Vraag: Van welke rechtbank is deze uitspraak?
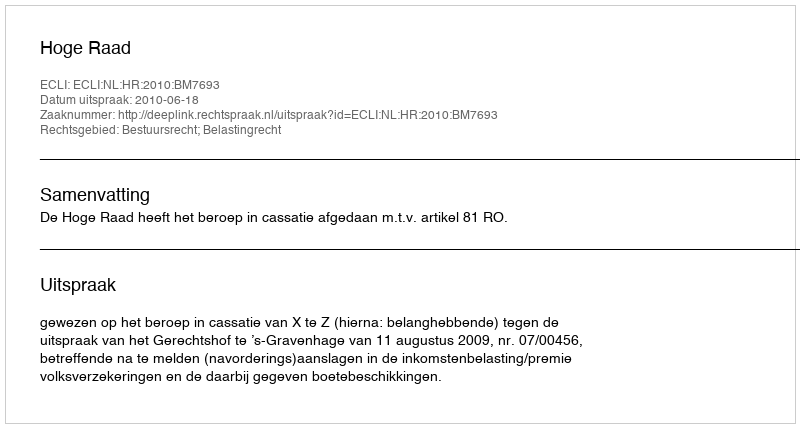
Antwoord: Hoge Raad